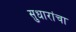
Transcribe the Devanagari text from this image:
सुधारांचा